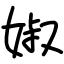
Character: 婌